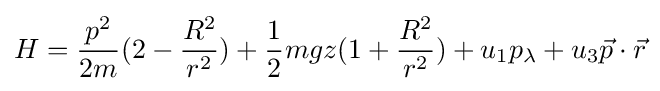
H={\frac {p^{2}}{2m}}(2-{\frac {R^{2}}{r^{2}}})+{\frac {1}{2}}mgz(1+{\frac {R^{2}}{r^{2}}})+u_{1}p_{\lambda }+u_{3}{\vec {p}}\cdot {\vec {r}}